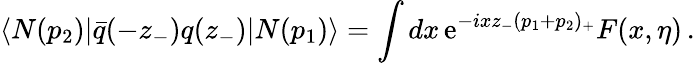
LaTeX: \langle N(p_{2})|\bar{q}(-z_{-})q(z_{-})|N(p_{1})\rangle=\int dx\, \mathrm{e}^{-ixz_{-}(p_{1}+p_{2})_{+}}F(x,\eta)\, .